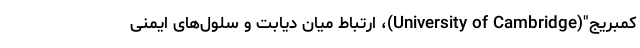
کمبریج"(University of Cambridge)، ارتباط میان دیابت و سلول‌های ایمنی